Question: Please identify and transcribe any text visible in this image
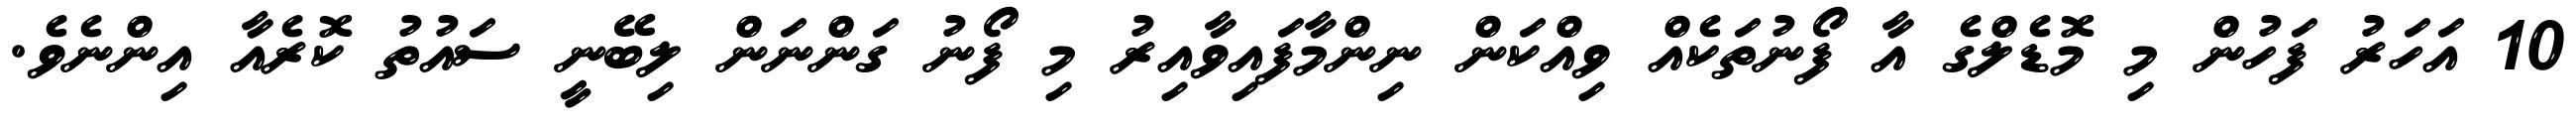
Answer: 10 އަހަރު ފަހުން މި މޮޑެލްގެ އާ ފޯނުތަކެއް ވިއްކަން ނިންމާފައިވާއިރު މި ފޯނު ގަންނަން ލިބޭނީ ސައުތު ކޮރެއާ އިންނެވެ.